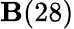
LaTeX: \mathbf{B}(28)